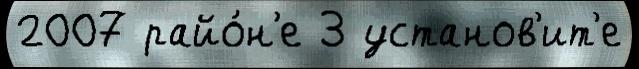
2007 райо́н'е 3 установ'ит'е